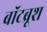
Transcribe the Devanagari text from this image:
बॉटब्रूश